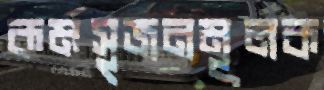
কর্মসৃজনমূলক